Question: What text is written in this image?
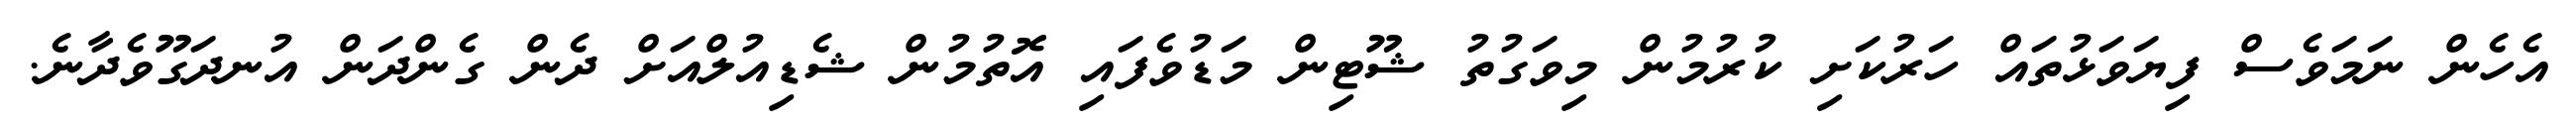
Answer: އެހެން ނަމަވެސް ފިޔަވަޅުތައް ހަރުކަށި ކުރުމުން މިވަގުތު ޝޫޓިން މަޑުވެފައި އޮތުމުން ޝެޑިއުލްއަށް ދެން ގެންދަން އުނދަގޫވެދާނެ.